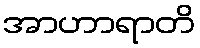
အာဟာရာတိ